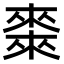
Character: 𠐇